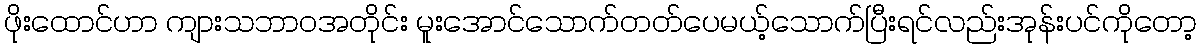
ဖိုးထောင်ဟာ ကျားသဘာဝအတိုင်း မူးအောင်သောက်တတ်ပေမယ့်သောက်ပြီးရင်လည်းအုန်းပင်ကိုတော့